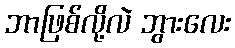
ဘာဖြစ်လို့လဲ ဘွားလေး